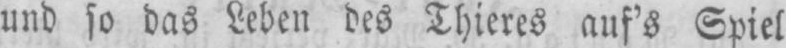
und so das Leben des Thieres auf’s Spiel